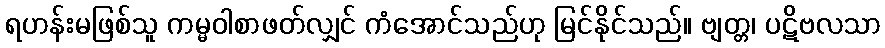
ရဟန်းမဖြစ်သူ ကမ္မဝါစာဖတ်လျှင် ကံအောင်သည်ဟု မြင်နိုင်သည်။ ဗျတ္တ၊ ပဋိဗလသာ